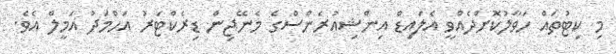
މި ކިޓުތައް ހަވާލުކޮށްދެއްވީ އެލައިޑް އިންޝިއުރެންސްގެ މެނޭޖިން ޑިރެކްޓަރު އަހްމަދު އަމީލް އެވެ.